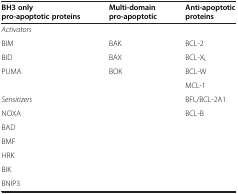
| BH3 only pro-apoptotic proteins | Multi-domain pro-apoptotic | Anti-apoptotic proteins |
 | --- | --- | --- |
 | Activators |  |  |
 | BIM | BAK | BCL-2 |
 | BID | BAX | BCL-XL |
 | PUMA | BOK | BCL-W |
 |  |  | MCL-1 |
 | Sensitizers |  | BFL/BCL-2A1 |
 | NOXA |  | BCL-B |
 | BAD |  |  |
 | BMF |  |  |
 | HRK |  |  |
 | BIK |  |  |
 | BNIP3 |  |  |